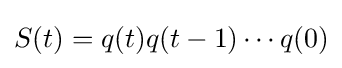
S(t)=q(t)q(t-1)\cdots q(0)